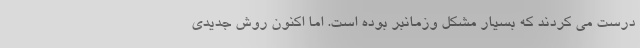
درست می کردند که بسیار مشکل وزمانبر بوده است. اما اکنون روش جدیدی